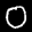
Label: 0